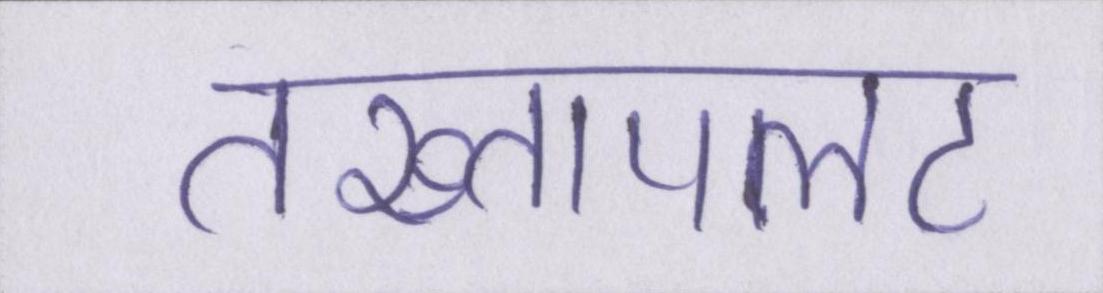
तख्तापलट